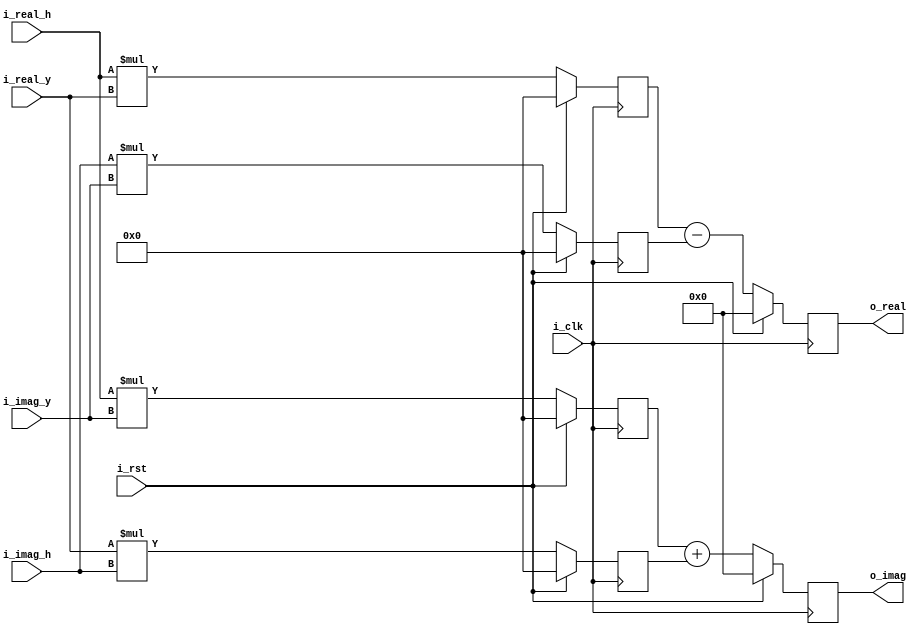
`timescale 1ns / 1ps
//////////////////////////////////////////////////////////////////////////////////
// Company:     www.circuitden.com
//              artinisagholian@gmail.com
//
// Design Name: 
// Module Name: complex_multiplier
// Project Name: 
// Target Devices: 
// Tool Versions: 
// Description: 
// pipelined 2 input 1 output complex digital multiplier
// Dependencies: 
// 
// Revision:
// Revision 0.01 - File Created
// Additional Comments:
// 
//////////////////////////////////////////////////////////////////////////////////


module complex_multiplier#(parameter INPUT_DATA_WIDTH = 16)
    (
        input  wire                                    i_clk,
        input  wire                                    i_rst,
        input  wire signed [INPUT_DATA_WIDTH-1:0]      i_real_h,
        input  wire signed [INPUT_DATA_WIDTH-1:0]      i_imag_h,
        input  wire signed [INPUT_DATA_WIDTH-1:0]      i_real_y,
        input  wire signed [INPUT_DATA_WIDTH-1:0]      i_imag_y,
        output reg  signed [INPUT_DATA_WIDTH*2:0]      o_real = 0,
        output reg  signed [INPUT_DATA_WIDTH*2:0]      o_imag = 0
    );
    
    
    /*
      h     y
    (a+bj)(c+dj) = ac + adj + cbj - bd
    */
    reg signed [INPUT_DATA_WIDTH*2-1:0] ac = 0;
    reg signed [INPUT_DATA_WIDTH*2-1:0] ad = 0;
    reg signed [INPUT_DATA_WIDTH*2-1:0] cb = 0;
    reg signed [INPUT_DATA_WIDTH*2-1:0] bd = 0;


    always@(posedge i_clk) begin
        if(i_rst)begin
            o_real <= 0;
            o_imag <= 0;
            ac     <= 0;
            ad     <= 0;
            cb     <= 0;
            bd     <= 0;
        end         
        else begin
            ac <= i_real_h * i_real_y;
            ad <= i_real_h * i_imag_y;
            cb <= i_real_y * i_imag_h;
            bd <= i_imag_h * i_imag_y;
            o_real <= ac - bd;
            o_imag <= ad + cb;
        end
    end

endmodule